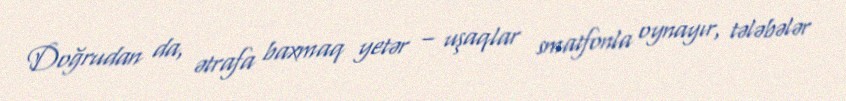
Doğrudan da, ətrafa baxmaq yetər – uşaqlar smatfonla oynayır, tələbələr